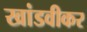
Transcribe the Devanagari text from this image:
खांडवीकर